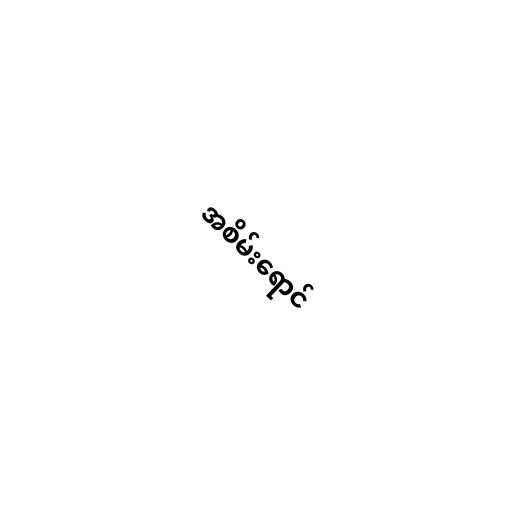
အစိမ်းရောင်